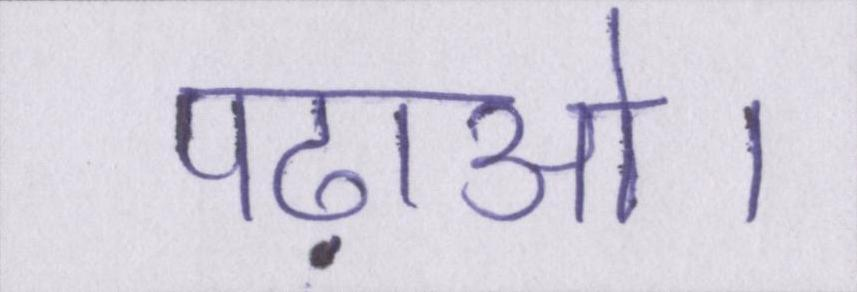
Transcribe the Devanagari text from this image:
पढ़ाओ।